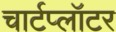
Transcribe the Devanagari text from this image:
चार्टप्लॉटर